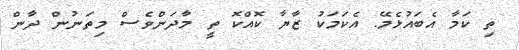
ތި ކަމާ އެބައުޅެމޭ. އެކަމަކު ޒާޔާ ކޮއްކޮ ތީ މާދަންވެސް މިތަނުން ދާން